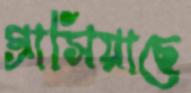
গ্রাসিয়াছে